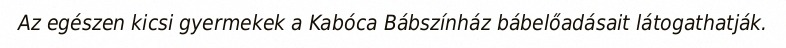
Az egészen kicsi gyermekek a Kabóca Bábszínház bábelőadásait látogathatják.